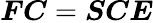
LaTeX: \boldsymbol{F}\boldsymbol{C}=\boldsymbol{S}\boldsymbol{C}\boldsymbol{E}